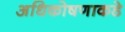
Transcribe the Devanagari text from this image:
अधिकोषणाकडे